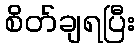
စိတ်ချရပြီး